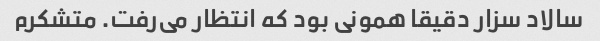
سالاد سزار دقیقا همونی بود که انتظار می‌رفت. متشکرم